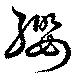
纓